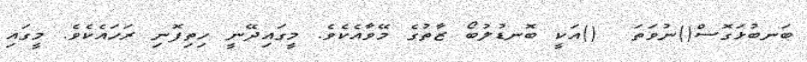
ބަނބުޅަގޮސް()ނުވަތަ  ()އަކީ ބޮނޑުލުބޯ ޒާތުގެ މޭވާއެކެވެ. މީގައިދޭނީ ހިތިފޮނި ރަހައެކެވެ. މީގައި